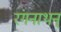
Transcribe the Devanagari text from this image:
रंगनाथन्‌